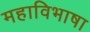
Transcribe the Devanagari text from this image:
महाविभाषा